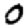
Digit: 0